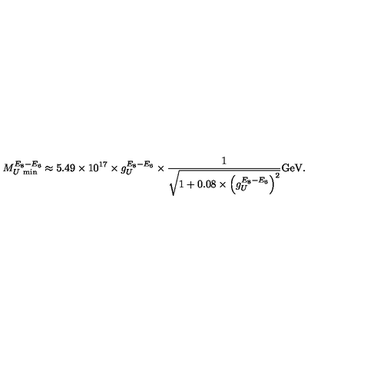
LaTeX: M _ { U \ \scriptstyle \mathrm { m i n } } ^ { E _ { 8 } - E _ { 6 } } \approx 5 . 4 9 \times 1 0 ^ { 1 7 } \times g _ { U } ^ { E _ { 8 } - E _ { 6 } } \times \frac { 1 } { \sqrt { 1 + 0 . 0 8 \times \left( g _ { U } ^ { E _ { 8 } - E _ { 6 } } \right) ^ { 2 } } } \mathrm { G e V } .